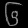
Digit: ၆